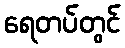
ရေတပ်တွင်